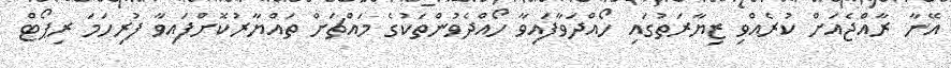
އޭނާ ރާއްޖެއަށް ކުރެއްވި ޒިޔާރަތުގައި ހޯއްދަވާފައިވާ ހޯއްދެވުންތަކުގެ މައްޗަށް ތައްޔާރުކޮށްފައިވާ ފުރިހަމަ ރިޕޯޓް